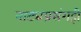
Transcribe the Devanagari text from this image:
नाट्यप्रसंगही